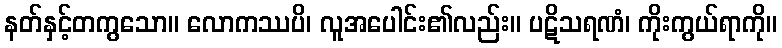
နတ်နှင့်တကွသော။ လောကဿပိ၊ လူအပေါင်း၏လည်း။ ပဋိသရဏံ၊ ကိုးကွယ်ရာကို။